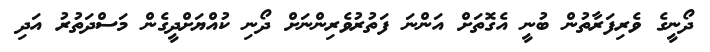
ދޯނީގެ ވެރިފަރާތުން ބުނީ އެގޮތަށް އަންނަ ފަތުރުވެރިންނަށް ދޯނި ކުއްޔަށްދީގެން މަސްދަތުރު އަދި